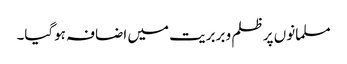
مسلمانوں پر ظلم و بربریت میں اضافہ ہوگیا۔